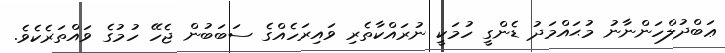
ޢަބްދުލްހަންނާނު މުޙައްމަދު ޑެންގީ ހުމަކީ ނުރައްކާތެރި ވައިރަހެއްގެ ސަބަބުން ޖެހޭ ހުމުގެ ވައްތަރެކެވެ.